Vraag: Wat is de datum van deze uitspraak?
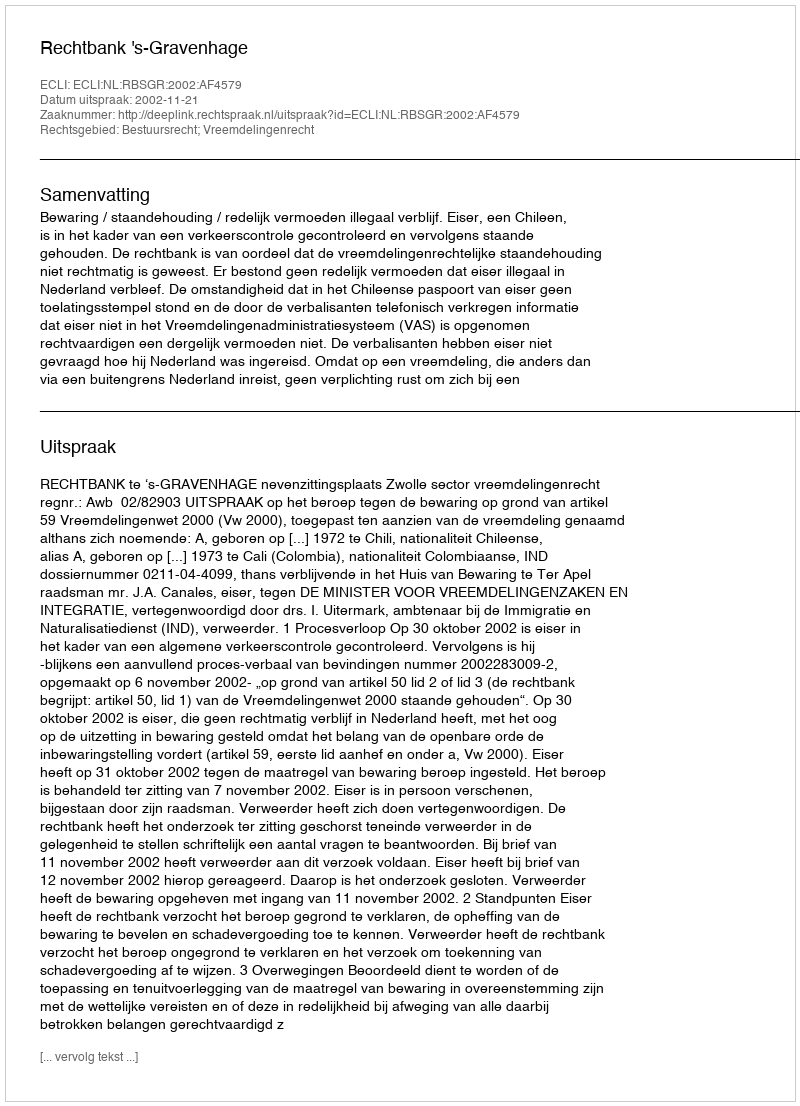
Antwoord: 2002-11-21